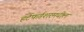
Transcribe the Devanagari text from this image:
हर्टफर्डशरमधील